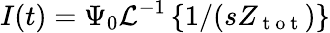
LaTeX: I(t)=\Psi_{0}\mathcal{L}^{-1}\left\{ 1/(sZ_{\mathrm{~t~o~t~}})\right\}